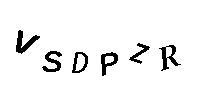
VSDPZR